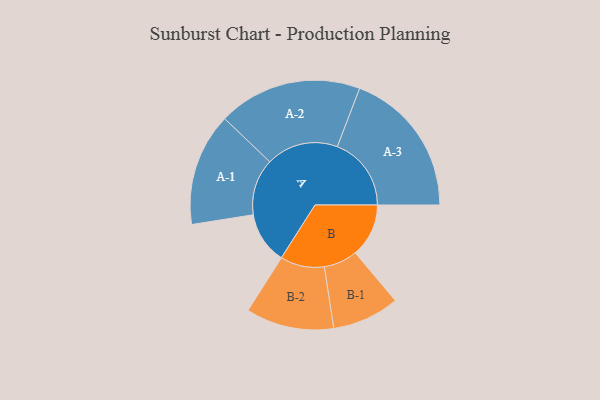
{"axis": {"x": "Segment", "y": "Value"}, "legend": ["", "A", "B"], "data": [{"x": "A", "y": 210, "type": ""}, {"x": "B", "y": 216, "type": ""}, {"x": "A-1", "y": 228, "type": "A"}, {"x": "A-2", "y": 291, "type": "A"}, {"x": "A-3", "y": 299, "type": "A"}, {"x": "B-1", "y": 136, "type": "B"}, {"x": "B-2", "y": 178, "type": "B"}]}